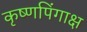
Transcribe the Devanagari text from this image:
कृष्णपिंगाक्ष